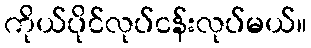
ကိုယ်ပိုင်လုပ်ငန်းလုပ်မယ်။